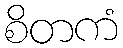
စိတကံ